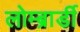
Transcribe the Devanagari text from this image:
लोम्ब्रार्डी